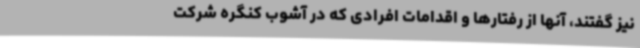
نیز گفتند، آنها از رفتارها و اقدامات افرادی که در آشوب کنگره شرکت